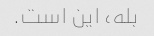
بله، این است.